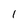
Character: 1